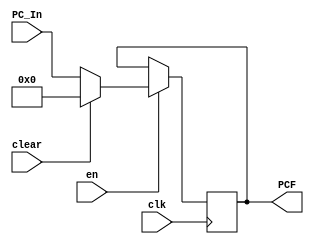
// This program was cloned from: https://github.com/Summer-Summer/ComputerArchitectureLab
// License: MIT License

`timescale 1ns / 1ps
//////////////////////////////////////////////////////////////////////////////////
// Company: USTC ESLABEmbeded System Lab
// Design Name: RISCV-Pipline CPU
// Module Name: IFSegReg
// Target Devices: Nexys4
// Tool Versions: Vivado 2017.4.1
// Description: PC Register
//////////////////////////////////////////////////////////////////////////////////
module IFSegReg(
    input wire clk,
    input wire en, clear,
    input wire [31:0] PC_In,
    output reg [31:0] PCF
    );
    initial PCF = 0;
    
    always@(posedge clk)
        if(en) begin
            if(clear)
                PCF <= 0;
            else 
                PCF <= PC_In;
        end
    
endmodule